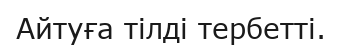
Айтуға тілді тербетті.